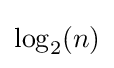
\log _{2}\!\left(n\right)